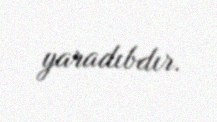
yaradıbdır.